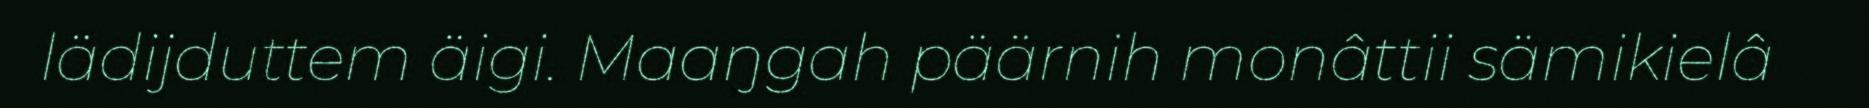
lädijduttem äigi. Maaŋgah päärnih monâttii sämikielâ